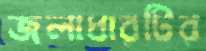
জলাধারটির